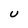
Character: U